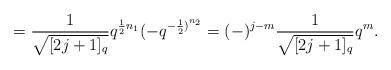
LaTeX: \begin{align*}= \frac {1}{\sqrt {[2j+1]_{q}}} q^{\frac {1}{2} n_{1}} (-q^{{-\frac{1}{2})}^{n_{2}}}=(-)^{j-m} \frac {1}{\sqrt {[2j+1]_{q}}} q^{m}.\end{align*}